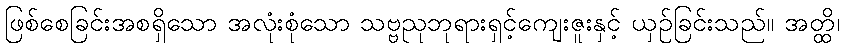
ဖြစ်စေခြင်းအစရှိသော အလုံးစုံသော သဗ္ဗညုဘုရားရှင့်ကျေးဇူးနှင့် ယှဉ်ခြင်းသည်။ အတ္ထိ၊